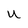
Character: U